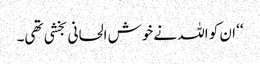
‘‘ ان کو اللہ نے خوش الحانی بخشی تھی۔